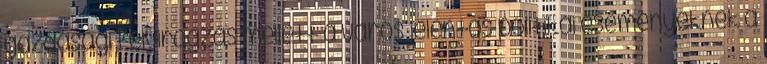
gazdasági felvirágzás mellett a város jelentős politikai eseményeknek a